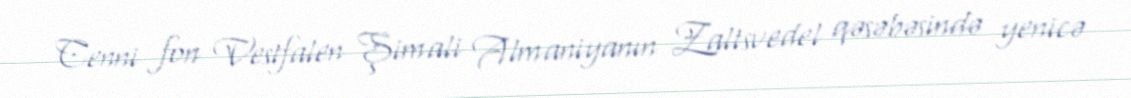
Cenni fon Vestfalen Şimali Almaniyanın Zaltsvedel qəsəbəsində yenicə